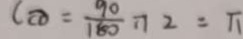
( \overline { C D } = \frac { 9 0 } { 1 8 0 } \pi 2 = \pi